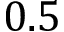
0 . 5